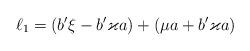
LaTeX: \begin{align*}\ell_1=(b^\prime \xi-b^\prime\varkappa a)+(\mu a+b^\prime \varkappa a)\end{align*}